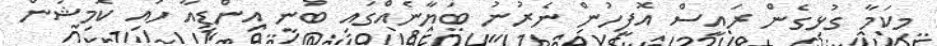
މިކަމާ ގުޅިގެން ރައީސް އޮފީހުން ނެރުނު ބަޔާނެއްގައި ބުނީ އިންޑިއާ ހައި ކޮމިޝަން